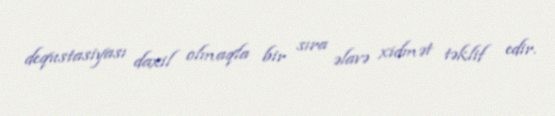
dequstasiyası daxil olmaqla bir sıra əlavə xidmət təklif edir.